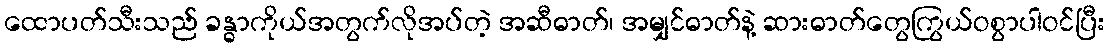
ထောပတ်သီးသည် ခန္ဓာကိုယ်အတွက်လိုအပ်တဲ့ အဆီဓာတ်၊ အမျှင်ဓာတ်နဲ့ ဆားဓာတ်တွေကြွယ်ဝစွာပါဝင်ပြီး